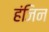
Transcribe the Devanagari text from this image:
हंजिन